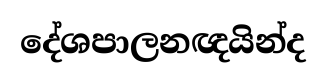
දේශපාලනඥයින්ද